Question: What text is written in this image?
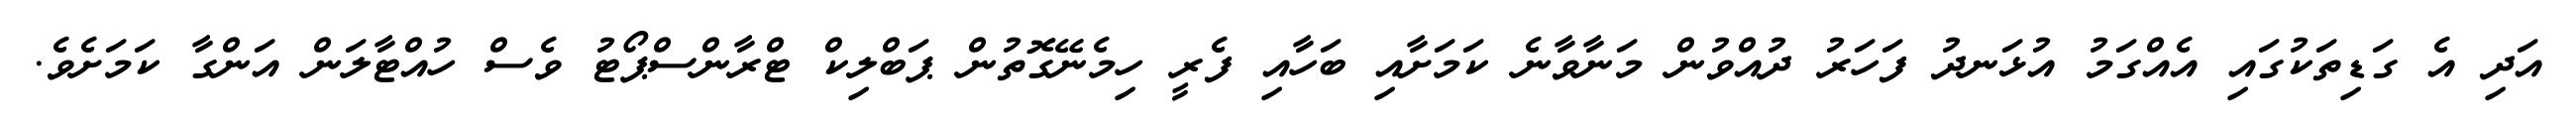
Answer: އަދި އެ ގަޑިތަކުގައި އެއްގަމު އުޅަނދު ފަހަރު ދުއްވުން މަނާވާނެ ކަމަށާއި ބަހާއި ފެރީ ހިމެނޭގޮތުން ޕަބްލިކް ޓްރާންސްޕޯޓު ވެސް ހުއްޓާލަން އަންގާ ކަމަށެވެ.